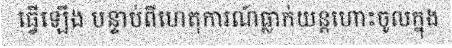
ធ្វើឡើង បន្ទាប់ពីហេតុការណ៍ធ្លាក់យន្តហោះចូលក្នុង